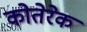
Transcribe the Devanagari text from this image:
कोतेरेक